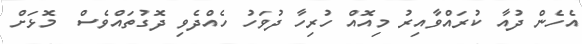
އެހެން ދުއާ ކުރައްވާއިރު މިއޮއް ހުރިހާ ދުވަހު ހެއްދެވި ދޮގުތައްވެސް  މޮޅަށް